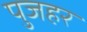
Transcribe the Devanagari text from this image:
पुजहर